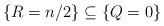
LaTeX: \begin{align*}\{R=n/2 \}\subseteq \{Q=0\} \end{align*}